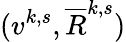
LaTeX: (v^{k,s},\overline{{R}}^{k,s})